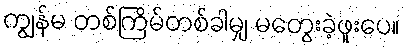
ကျွန်မ တစ်ကြိမ်တစ်ခါမျှ မတွေးခဲ့ဖူးပေ။